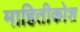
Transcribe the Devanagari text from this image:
माहितीकोश